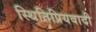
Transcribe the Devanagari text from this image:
स्थितिप्रियवादी